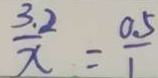
\frac { 3 . 2 } { x } = \frac { 0 . 5 } { 1 }